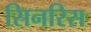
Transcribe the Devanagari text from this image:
सिनरिस